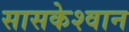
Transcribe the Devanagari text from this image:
सासकेश्वान